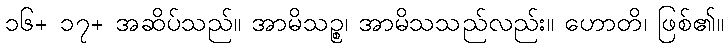
၁၆+ ၁၇+ အဆိပ်သည်။ အာမိသဉ္စ၊ အာမိသသည်လည်း။ ဟောတိ၊ ဖြစ်၏။